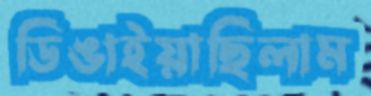
ডিঙাইয়াছিলাম